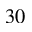
3 0